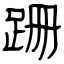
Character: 跚